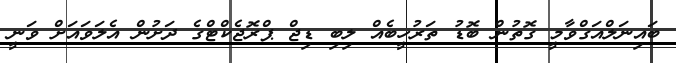
ބައިނަލްއަގްވާމީ ގޮތުން ބޮޑު ތަރުހީބެއް ލިބި ޑިޖް ޕްރޮޖެކްޓްގެ ދަށުން އެލަވައަށް ވަނީ